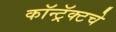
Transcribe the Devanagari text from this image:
कॉन्ट्रॅक्‍टचे